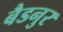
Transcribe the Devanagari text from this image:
बैडनुर